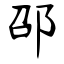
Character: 邵